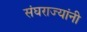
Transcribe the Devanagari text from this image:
संघराज्यांनी